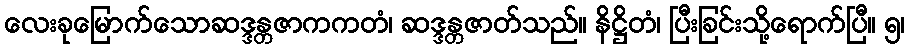
လေးခုမြောက်သောဆဒ္ဒန္တဇာကကတံ၊ ဆဒ္ဒန္တဇာတ်သည်။ နိဋ္ဌိတံ၊ ပြီးခြင်းသို့ရောက်ပြီ။ ၅၊